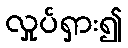
လှုပ်ရှား၍